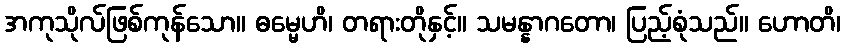
အကုသိုလ်ဖြစ်ကုန်သော။ ဓမ္မေဟိ၊ တရားတိုနှင့်။ သမန္နာဂတော၊ ပြည့်စုံသည်။ ဟောတိ၊